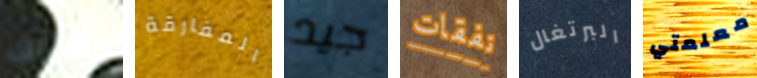
هناك المفارقة جيد نفقات البرتغال معلمتي